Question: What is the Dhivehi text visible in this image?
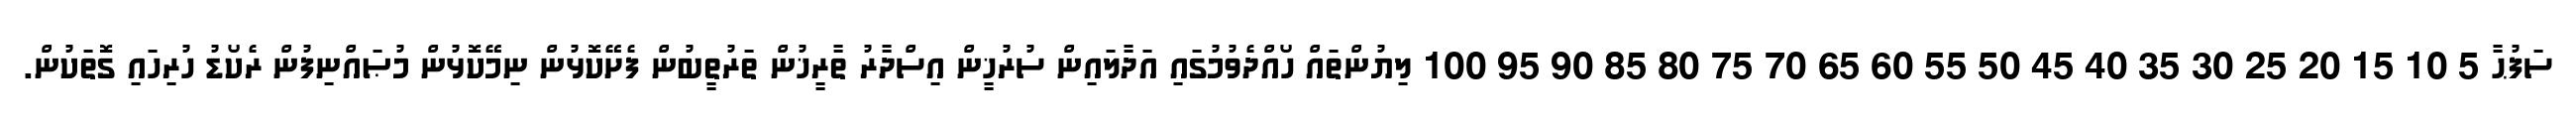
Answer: ސަފުޙާ 5 10 15 20 25 30 35 40 45 50 55 60 65 70 75 80 85 90 95 100 ލިޔުންތައް ހޯއްދެވުމުގައި އަދާލައިން ސުރުޚީން އިސްދާރު ތާރީޚުން ތަރުތީބުން ފެށޭކޮޅުން ނިމޭކޮޅުން މުޞައްނިފުން ރެކޯޑު ހުރިހައި ގޮތަކުން.